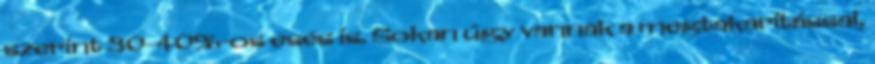
szerint 30-40%-os esés is. Sokan úgy vannak a megtakarítással,